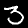
Digit: 3